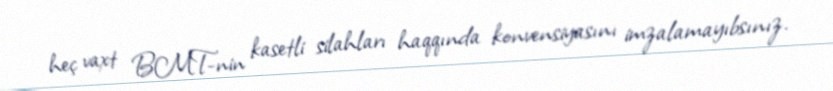
heç vaxt BMT-nin kasetli silahları haqqında konvensiyasını imzalamayıbsınız.